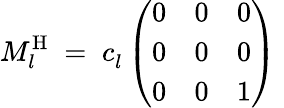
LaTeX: M_{l}^{\mathrm{H}}\; =\; c_{l}^{~}\left(\begin{array}{lll}{{0}}&{{0}}&{{0}}\\ {{0}}&{{0}}&{{0}}\\ {{0}}&{{0}}&{{1}}\end{array}\right)\;